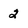
Character: 2